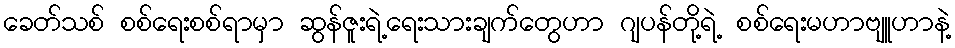
ခေတ်သစ် စစ်ရေးစစ်ရာမှာ ဆွန်ဇူးရဲ့ရေးသားချက်တွေဟာ ဂျပန်တို့ရဲ့ စစ်ရေးမဟာဗျူဟာနဲ့